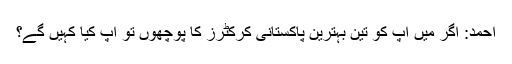
احمد: اگر میں آپ کو تین بہترین پاکستانی کرکٹرز کا پوچھوں تو آپ کیا کہیں گے؟